Annual report of the Prince of Wales Medical College, Patna
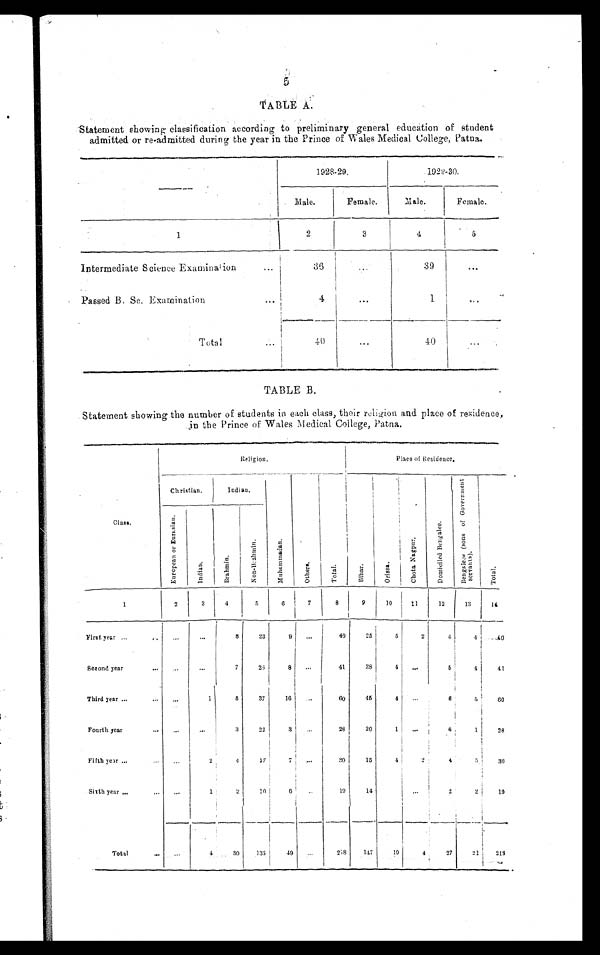
5
TABLE A.
Statement showing classification according to preliminary general education of student
admitted or re-admitted during the year in the Prince of Wales Medical College, Patna.
—
1928-29.
1 9 2 9 - 3 0 .
Male.
Female.
Ma l e .
Female.
1
2
3
4
5
Intermediate Science Examination
36
...
39
. . .
Passed B.Sc. Examination
4
. . .
1
. . .
Total
40
...
4 0
. . .
TABLE B.
Statement showing the number of students in each class, their religion and place of residence,
in the Prince of Wales Medical College, Patna.
C l a s s .
Religion.
Place of Residence.
Christian.
Indian.
M u h a m m a d a n .
O t h e r s .
T o t a l .
B i h a r .
O r i s s a .
C h o t a N a g p u r .
D o m i c i l e d B e n g a l e e . B e n g a l e e s ( s o n s o f G o v e r n m e n t s e r v a n t s ) .
T o t a l .
E u r o p e a n o r E u r a s i a n .
I n d i a n .
B r a h m i n .
N o n - B r a h m i n .
1
2
3
4
5
6
7
8
9
10
11
12
13
14
First year
...
...
8
23
9
. . .
40
25
5
2
4
4 4 0
Second year
. . . ...
7
26
8 ...
41
28
4 ...
5
4
41
Third year
. . .
1
6
37
1 6 ...
6 0
45
4
. . . 6
5
6 0
Fourth year
...
. . .
3
22
3 ...
28
20
1
. . . 6
1
28
Fifth year ...
2
4
17
7 ...
30
15
4
2
4
5
30
Sixth year
. . .
1
2
10
6 ..
19
14
. . .
2
2
19
Total
. . .
4
30 135
49 ...
218 147
19
4
27
21 213